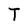
Character: T